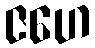
ဇဟေ